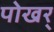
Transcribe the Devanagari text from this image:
पोखर्